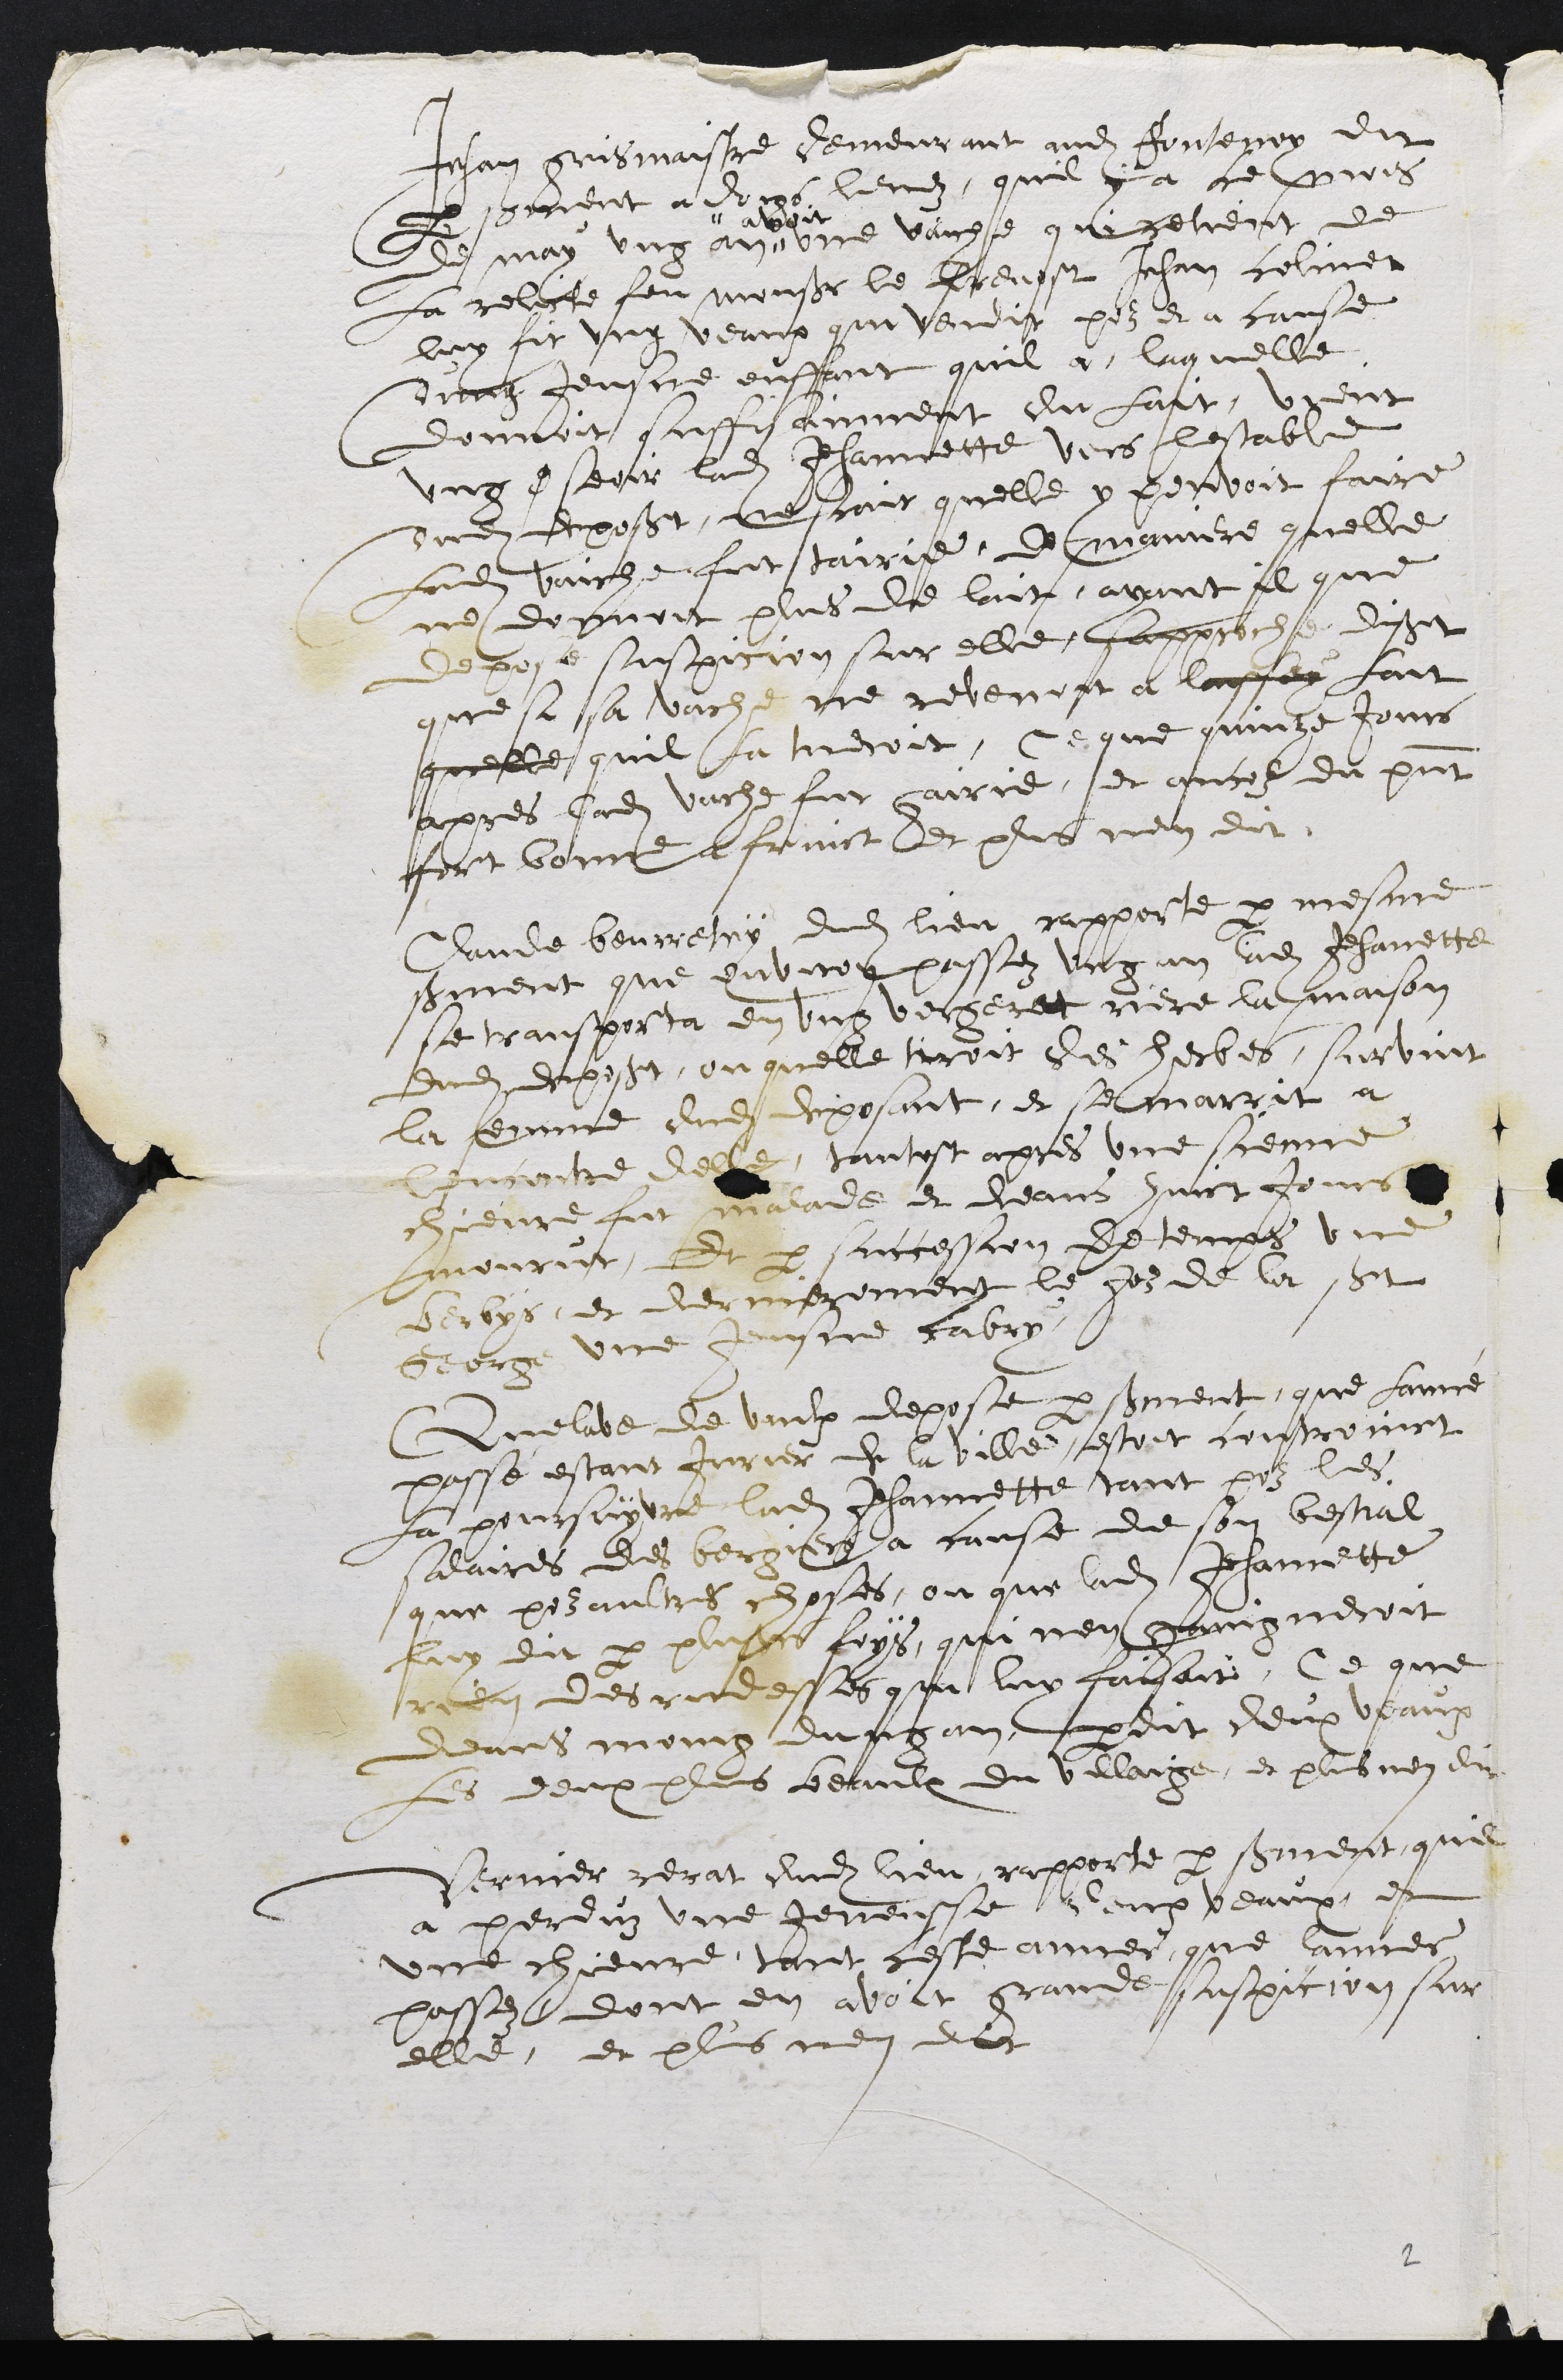
Jeham gris maistre demeurant audit Fonsepry dit
parsement a doigs levez, quil ya ce prois
de may ung an.
" avoit
une vaiuse que retient de
La relicte feu Monsieur le Ereusst Jehan celiner
luy fit ung veaux qui vendit pour et a cause
dung Jeuscie enffant quil a, laquelle
donnoit suffisament du lait, vrent
ung cnseoir ladite Jehannette vers lestable
dudit deposant, ne trait quelle y pouvoit faire
Ladite varche fut tairie, ee maniere quelle
ne donnoit plus de lait, avant il que
depose suspicion sur elle, sapproche disat
que s sa vache ne revenint a laffey fait
quelle quil la tieroit, Ce que quinze Jours
apres ladite vache fut fairie, et ancor du present
fort bonne a fruict et plus nen dit
Claude beurrehuy dudit lieu rapporte par mesme
serment que environ passez ung an ladite Jehannette
se transporta en ung vecheret riere la maison
dudit deposant, ou quelle trroit des herbes, survint
la femme dudit deposant, et se marrit a
Concontre delle, tantest apres une sienne
chievre fut malade et deans huict Jours
mourut,. Et par succession de temps une
berbys, et dermezement le gous de la Saet
George une Jeanne cabry
Quelibe de vaulx depose par sieurent, que lance
passe estant jurier de la ville sestoit controinct
La prussytre ladite Jehannette tant poz les
salaires des bergiers a cause de son bestial
que poz aultres choses, ou que ladite Jehannette
luy dit par plusieurs foys, qui nen paingneroit
rien des rudesses qui luy cassoit, Ce que
deans moing du prsan rdit deux veaux
Les deux plus beaulx du villaige, et plus nen dit
Verner rerat dudit lieu, rapporte par serment quil
a perdin une jeneusse leup veaux, et
une chievre, tant ceste anner, que lanner
passez, dont en avoit grande suspicion sur
elle, et plus nen dit